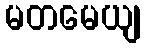
မတမေယျ